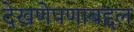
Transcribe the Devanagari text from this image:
देखणेपणाबद्दल